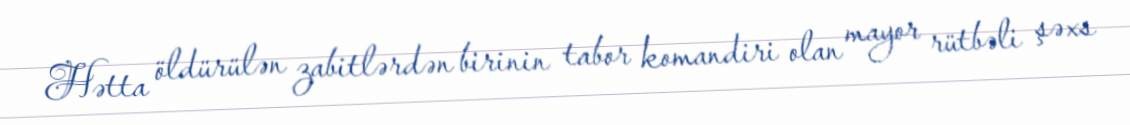
Hətta öldürülən zabitlərdən birinin tabor komandiri olan mayor rütbəli şəxs